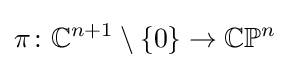
\pi \colon \mathbb {C} ^{n+1}\setminus \{0\}\to \mathbb {C} \mathbb {P} ^{n}